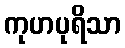
ကုဟပုရိသာ